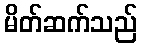
မိတ်ဆက်သည်